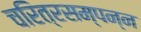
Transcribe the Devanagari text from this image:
चरित्रसम्पन्न